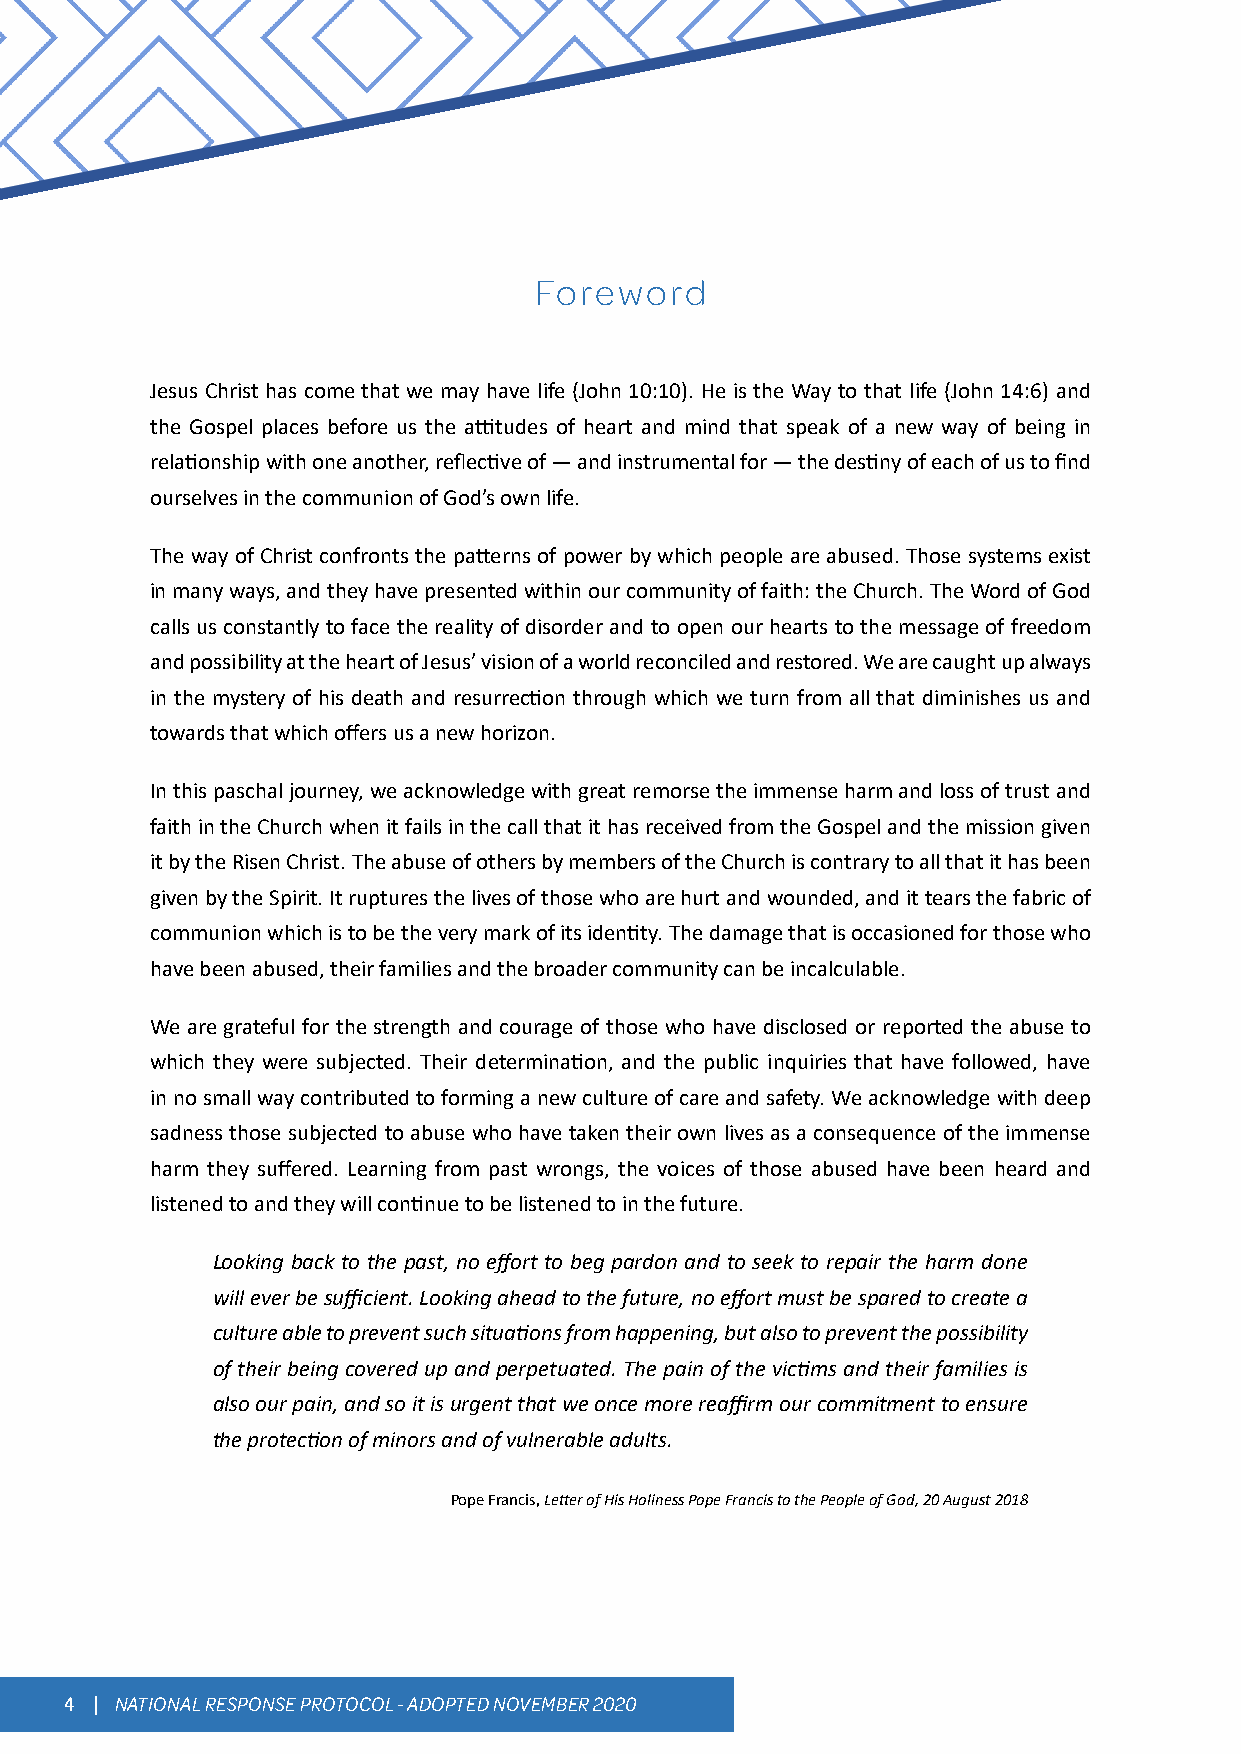
Foreword
 Jesus Christ has come that we may have life (John 10:10). He is the Way to that life (John 14:6) and
 the Gospel places before us the attitudes of heart and mind that speak of a new way of being in
 relationship with one another, reflective of — and instrumental for — the destiny of each of us to find
 ourselves in the communion of God’s own life.
 The way of Christ confronts the patterns of power by which people are abused. Those systems exist
 in many ways, and they have presented within our community of faith: the Church. The Word of God
 calls us constantly to face the reality of disorder and to open our hearts to the message of freedom
 and possibility at the heart of Jesus’ vision of a world reconciled and restored. We are caught up always
 in the mystery of his death and resurrection through which we turn from all that diminishes us and
 towards that which offers us a new horizon.
 In this paschal journey, we acknowledge with great remorse the immense harm and loss of trust and
 faith in the Church when it fails in the call that it has received from the Gospel and the mission given
 it by the Risen Christ. The abuse of others by members of the Church is contrary to all that it has been
 given by the Spirit. It ruptures the lives of those who are hurt and wounded, and it tears the fabric of
 communion which is to be the very mark of its identity. The damage that is occasioned for those who
 have been abused, their families and the broader community can be incalculable.
 We are grateful for the strength and courage of those who have disclosed or reported the abuse to
 which they were subjected. Their determination, and the public inquiries that have followed, have
 in no small way contributed to forming a new culture of care and safety. We acknowledge with deep
 sadness those subjected to abuse who have taken their own lives as a consequence of the immense
 harm they suffered. Learning from past wrongs, the voices of those abused have been heard and
 listened to and they will continue to be listened to in the future.
 Looking back to the past, no effort to beg pardon and to seek to repair the harm done
 will ever be sufficient. Looking ahead to the future, no effort must be spared to create a
 culture able to prevent such situations from happening, but also to prevent the possibility
 of their being covered up and perpetuated. The pain of the victims and their families is
 also our pain, and so it is urgent that we once more reaffirm our commitment to ensure
 the protection of minors and of vulnerable adults.
 Pope Francis, Letter of His Holiness Pope Francis to the People of God, 20 August 2018
 4 | NATIONAL RESPONSE PROTOCOL - ADOPTED NOVEMBER 2020